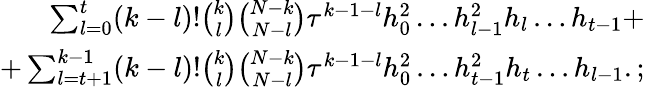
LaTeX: \begin{array}{r}{\sum_{l=0}^{t}(k-l)!\binom{k}{l}\binom{N-k}{N-l}\tau^{k-1-l}h_{0}^{2}\dots h_{l-1}^{2}h_{l}\dots h_{t-1}+}\\ {+\sum_{l=t+1}^{k-1}(k-l)!\binom{k}{l}\binom{N-k}{N-l}\tau^{k-1-l}h_{0}^{2}\dots h_{t-1}^{2}h_{t}\dots h_{l-1}.;}\end{array}